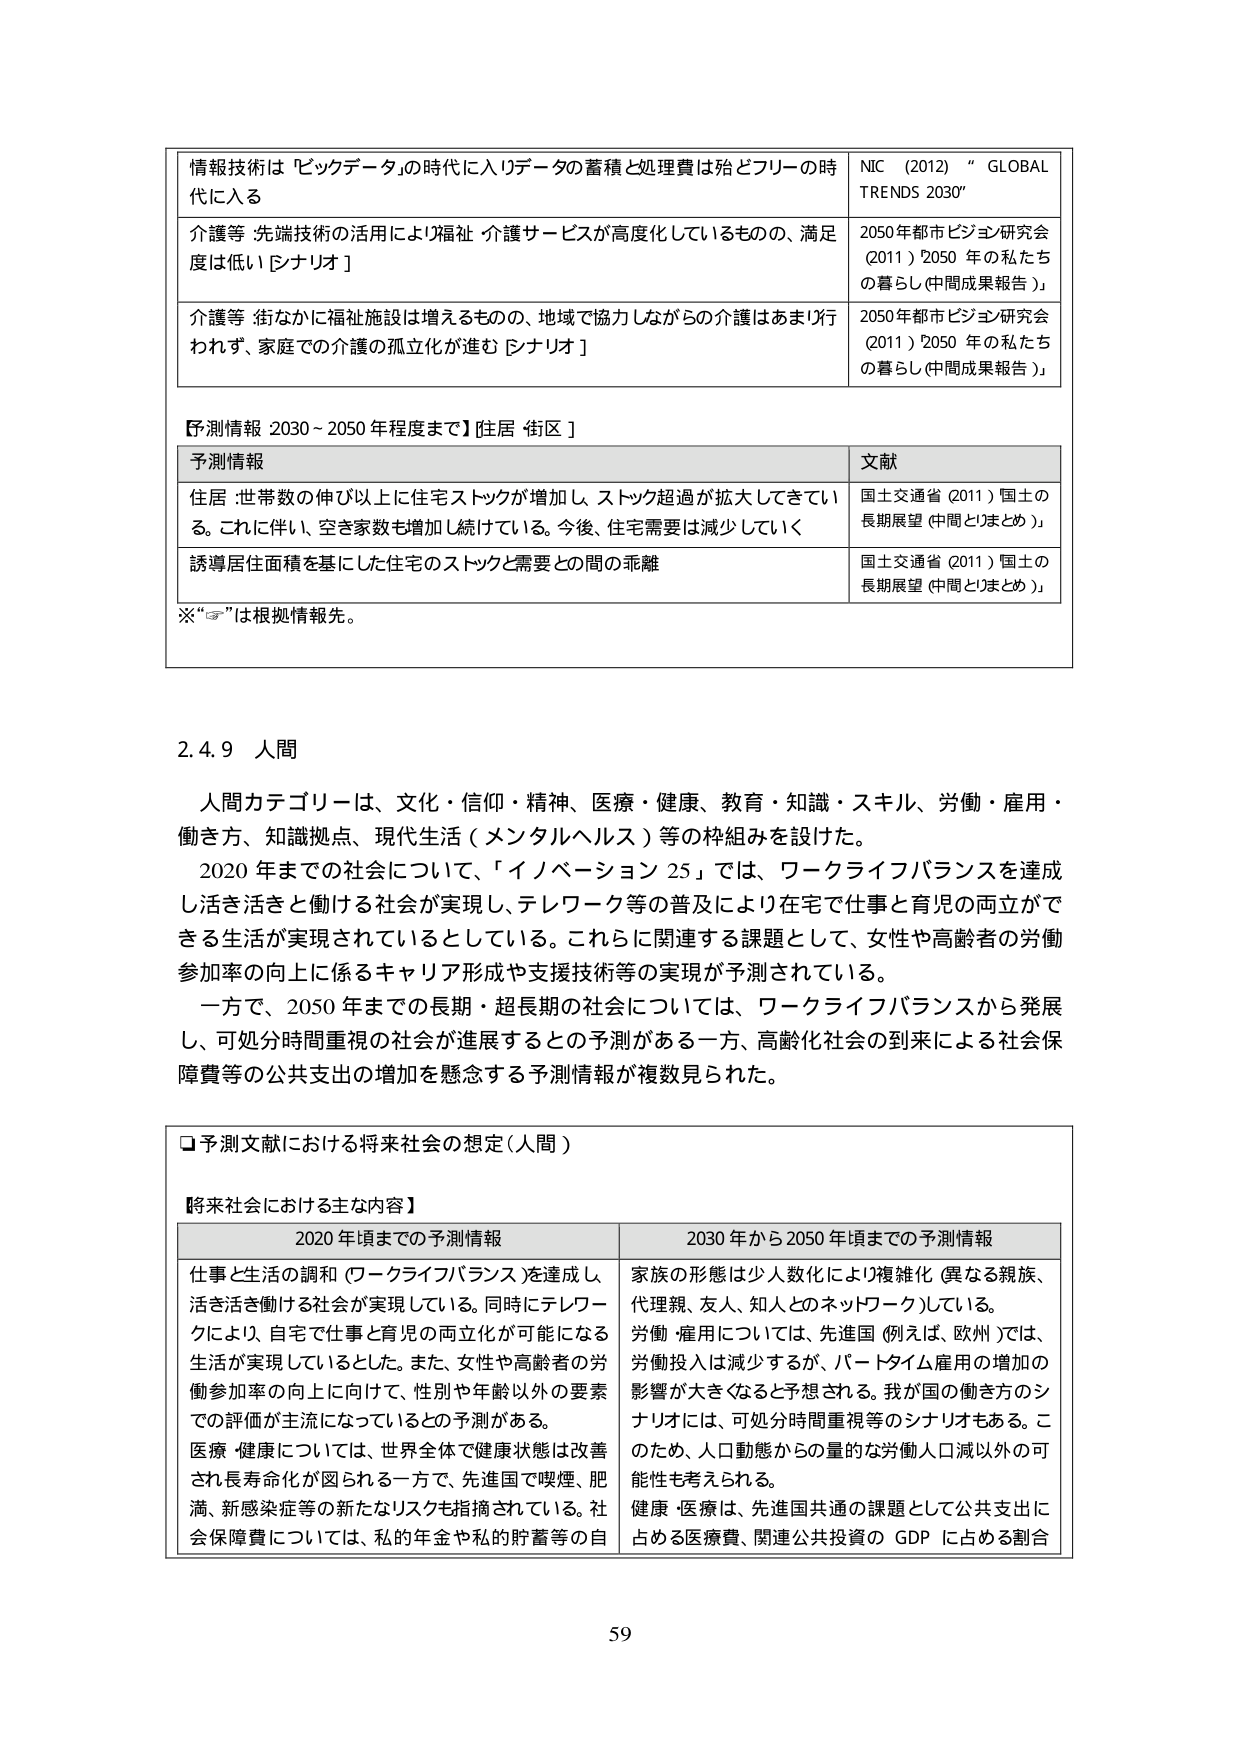
情報技術は「ビッグデータ」の時代に入りデータの蓄積と処理費は殆どフリーの時代に入る
NIC（2012）“GLOBAL TRENDS 2030”

介護等 先端技術の活用により福祉・介護サービスが高度化しているものの、満足度は低い［シナリオ］
2050年都市ビジョン研究会（2011）「2050年の私たちの暮らし（中間成果報告）」

介護等 街なかに福祉施設は増えるものの、地域で協力しながらの介護はあまり行われず、家庭での介護の孤立化が進む［シナリオ］
2050年都市ビジョン研究会（2011）「2050年の私たちの暮らし（中間成果報告）」

【予測情報 2030～2050年程度まで】住居・街区

予測情報
住居：世帯数の伸び以上に住宅ストックが増加し、ストック超過が拡大してきている。これに伴い、空き家数も増加し続けている。今後、住宅需要は減少していく
文献
国土交通省（2011）「国土の長期展望（中間とりまとめ）」

誘導居住面積を基にした住宅のストックと需要との間の乖離
国土交通省（2011）「国土の長期展望（中間とりまとめ）」

※“☞”は根拠情報先。

2.4.9 人間

人間カテゴリーは、文化・信仰・精神、医療・健康、教育・知識・スキル、労働・雇用・働き方、知識拠点、現代生活（メンタルヘルス）等の枠組みを設けた。

2020年までの社会について、「イノベーション25」では、ワークライフバランスを達成し活き活きと働ける社会が実現し、テレワーク等の普及により在宅で仕事と育児の両立ができる生活が実現されているとしている。これらに関連する課題として、女性や高齢者の労働参加率の向上に係るキャリア形成や支援技術等の実現が予測されている。

一方で、2050年までの長期・超長期の社会については、ワークライフバランスから発展し、可処分時間重視の社会が進展するとの予測がある一方、高齢化社会の到来による社会保障費等の公共支出の増加を懸念する予測情報が複数見られた。

□予測文献における将来社会の想定（人間）

【将来社会における主な内容】

2020年頃までの予測情報
仕事と生活の調和（ワークライフバランス）を達成し、活き活き働ける社会が実現している。同時にテレワークにより、自宅で仕事と育児の両立化が可能になる生活が実現しているとした。また、女性や高齢者の労働参加率の向上に向けて、性別や年齢以外の要素での評価が主流になっているとの予測がある。
医療・健康については、世界全体で健康状態は改善され長寿化が図られる一方で、先進国で喫煙、肥満、新感染症等の新たなリスクも指摘されている。社会保障費については、私的年金や私的貯蓄等の自

2030年から2050年頃までの予測情報
家族の形態は少人数化により複雑化（異なる親族、代理親、友人、知人とのネットワーク化）している。
労働・雇用については、先進国（例えば、欧州）では、労働投入は減少するが、パートタイム雇用の増加の影響が大きくなると予想される。我が国の働き方のシナリオには、可処分時間重視等のシナリオもある。このため、人口動態からの量的な労働人口減以外の可能性も考えられる。
健康・医療は、先進国共通の課題として公共支出に占める医療費、関連公共投資のGDPに占める割合

59